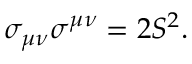
\sigma _ { \mu \nu } \sigma ^ { \mu \nu } = 2 { \cal S } ^ { 2 } .